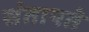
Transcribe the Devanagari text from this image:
संतापते